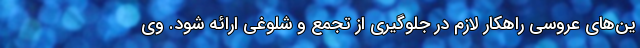
ین‌های عروسی راهکار لازم در جلوگیری از تجمع و شلوغی ارائه شود. وی